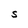
Character: S